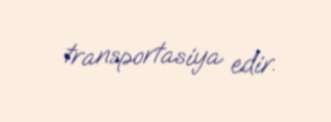
transportasiya edir.